Lunatic asylums Madras 1892-1911 - 1892-1911
Year: 1892
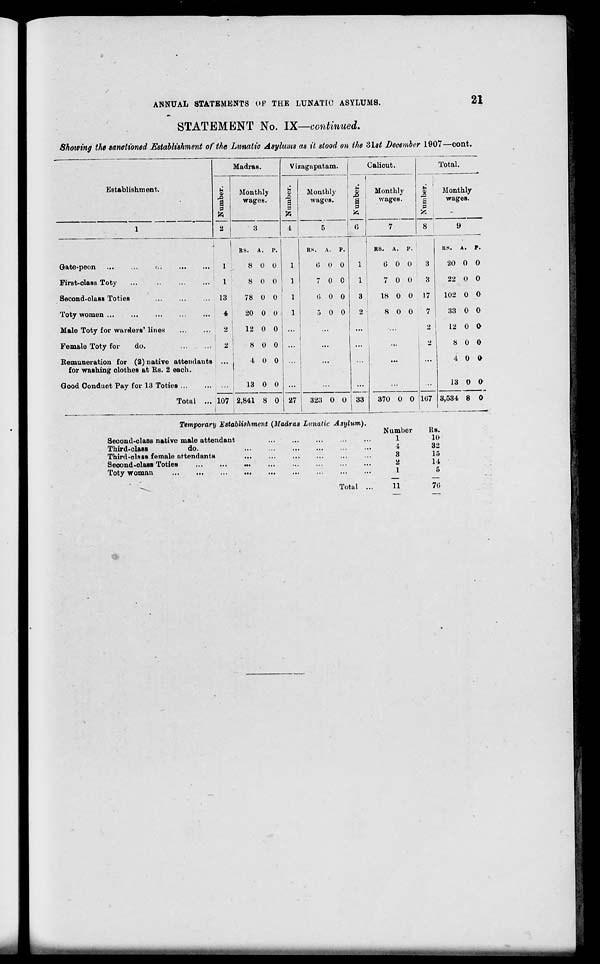
ANNUAL STATEMENTS OP THE LUNATIC ASYLUMS.
21
'
STATEMENT No. IX—continued.
Shomng the sanctioned Establishment of the Ltmatic Asylums as it stood on the Hist December 1907—cont.
Establishment.
Madras.
I Monthly
wages.
3
Vizagapatam.
a
P
Calicut.
Monthly
J>
Monthly
a
wages.
0
Gate-peon ...
...
:..
First-olass Toty
Second-class Toties
Toty women ...
Male Toty for warders' lines
Female Toty for
do.
Remuneration for (2) native attendants
for washing clothes at Rs. 2 each.
Good Condnot Pay for 13 Toties
1
1
13
4
2
RS.
A.
P.
8 0 0
8 0 0
78 0 0
20 0 0
12 0 0
8 0 0
4 0 0
13 0 0
RS
Total ... 107 j 2,841 8 0
,
A. P.
0 0 0
7 0 0
6 0 0
5 0 0
Total.
§3
Monthly
"I
wages.
1
1
3
2
RS. A. P.
0 0 0
3
7 0 0
3
18 0 0 17
8 0 0
7
27
323 0 O ! 33
Temporary Establishment (Madras Lunatic Asylum).
Second-class native male attendant
Third-class
do.
Third-class female attendants
Second-class Toties
Toty woman
RS. A. P.
20 0 0
22 0 0
102 0 0
33 0 0
...
2 1 12 0 O
...
• _>
8 0 0
...
...
4 0 0
...
107
13 0 a
370 0 0
3,534 8 0
Numher
Hs.
1
10
4
32
3
15
2
14
1
5
h'Sl
Total
11
70
i
i
I